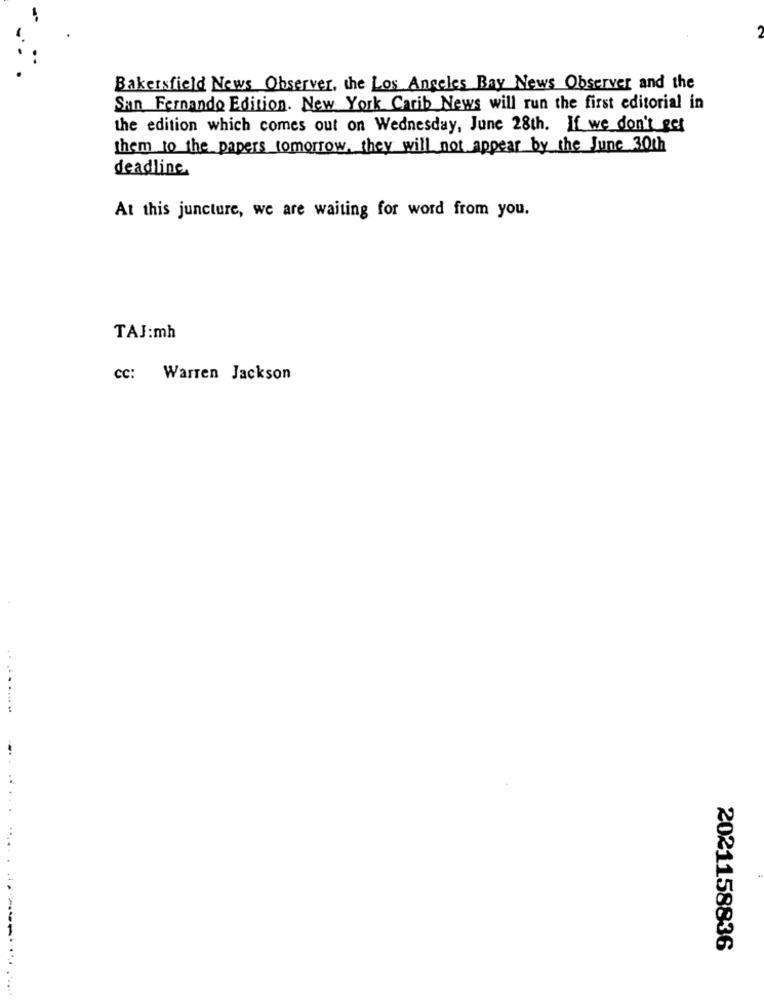
Bakersfield News Observer, the Los Angeles Bay News Observer and the
San Fernando Edition. New York Carib News will run the first editorial in
the edition which comes out on Wednesday, June 28th. If we don't get
them to the papers tomorrow, they will not appear by the June 30th
deadline.
At this juncture, we are waiting for word from you.
TAJ:mh
cc: Warren Jackson
...
2021158836